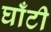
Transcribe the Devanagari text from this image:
घाँटी